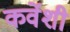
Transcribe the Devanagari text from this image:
कर्वेशी